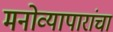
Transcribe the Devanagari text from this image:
मनोव्यापारांचा